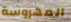
المهروسة